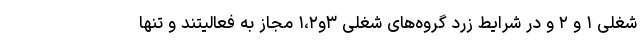
شغلی ۱ و ۲ و در شرایط زرد گروه‌های شغلی ۳و۱،۲ مجاز به فعالیتند و تنها